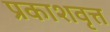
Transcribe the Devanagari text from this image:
प्रकाशवृत्त